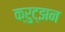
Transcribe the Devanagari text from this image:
क्रुट्झन